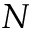
N